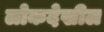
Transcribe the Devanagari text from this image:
लोकदेखील